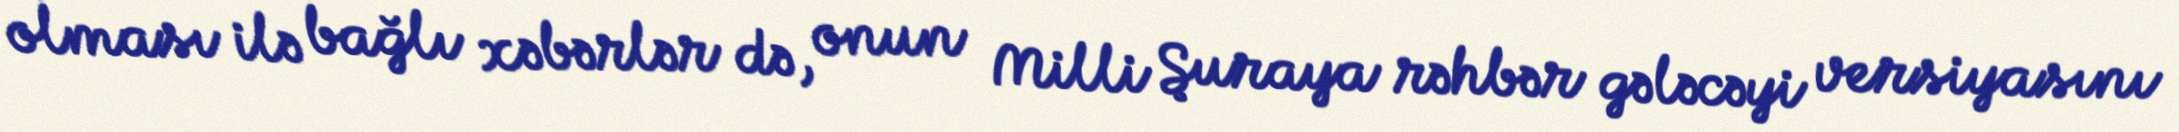
olması ilə bağlı xəbərlər də, onun Milli Şuraya rəhbər gələcəyi versiyasını